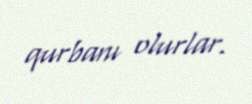
qurbanı olurlar.